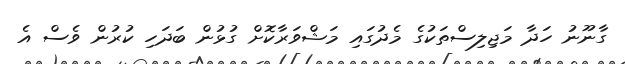
ގާނޫނު ހަދާ މަޖިލިސްތަކުގެ މެދުގައި މަޝްވަރާކޮށް ގުޅުން ބަދަހި ކުރުން ވެސް އެ